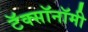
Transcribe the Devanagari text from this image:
टॅक्सॉनॉमी